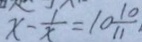
x - \frac { 1 } { x } = 1 0 \frac { 1 0 } { 1 1 }